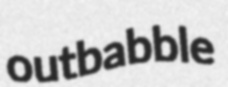
outbabble